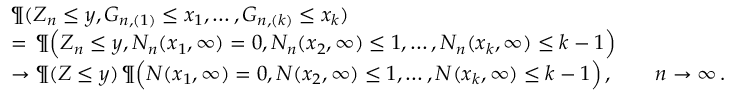
\begin{array} { r l } & { \P ( Z _ { n } \leq y , G _ { n , ( 1 ) } \leq x _ { 1 } , \ldots , G _ { n , ( k ) } \leq x _ { k } ) } \\ & { = \, \P \Big ( Z _ { n } \leq y , N _ { n } ( x _ { 1 } , \infty ) = 0 , N _ { n } ( x _ { 2 } , \infty ) \le 1 , \ldots , N _ { n } ( x _ { k } , \infty ) \leq k - 1 \Big ) } \\ & { \to \P ( Z \leq y ) \, \P \Big ( N ( x _ { 1 } , \infty ) = 0 , N ( x _ { 2 } , \infty ) \le 1 , \ldots , N ( x _ { k } , \infty ) \leq k - 1 \Big ) \, , \qquad n \to \infty \, . } \end{array}